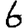
Digit: 6